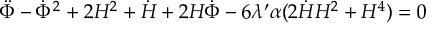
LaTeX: \ddot { \Phi } - \dot { \Phi } ^ { 2 } + 2 H ^ { 2 } + \dot { H } + 2 H \dot { \Phi } - 6 \lambda ^ { \prime } \alpha ( 2 \dot { H } H ^ { 2 } + H ^ { 4 } ) = 0